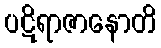
ပဋိရာဇာနောတိ